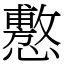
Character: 懯